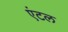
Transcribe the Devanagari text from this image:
एंटल